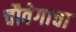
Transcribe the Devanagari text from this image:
चौवेगाचा